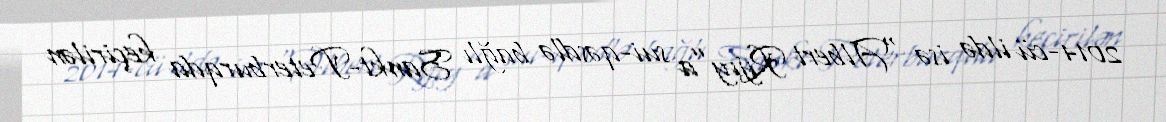
2014-cü ildə isə "Albert Rıjıy”a sui-qəsdlə bağlı Sankt-Peterburqda keçirilən